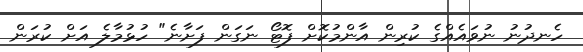
ހެނދުނު ނުވައެއްގެ ކުރިން އާންމުކޮށް ފޮޓޯ ނަގަން ފަށާނެ" ހުޅުމާލެ އަށް ކުރަން